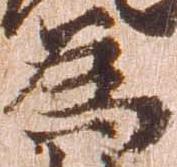
為